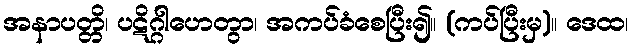
အနာပတ္တိ၊ ပဋိဂ္ဂါဟေတွာ၊ အကပ်ခံစေပြီး၍။ (ကပ်ပြီးမှ)။ ဒေထ၊